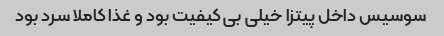
سوسیس داخل پیتزا خیلی بی کیفیت بود و غذا کاملا سرد بود